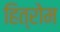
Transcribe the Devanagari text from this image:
हित्रोम